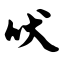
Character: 吠